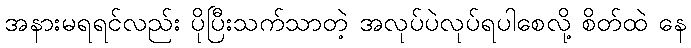
အနားမရရင်လည်း ပိုပြီးသက်သာတဲ့ အလုပ်ပဲလုပ်ရပါစေလို့ စိတ်ထဲ နေ